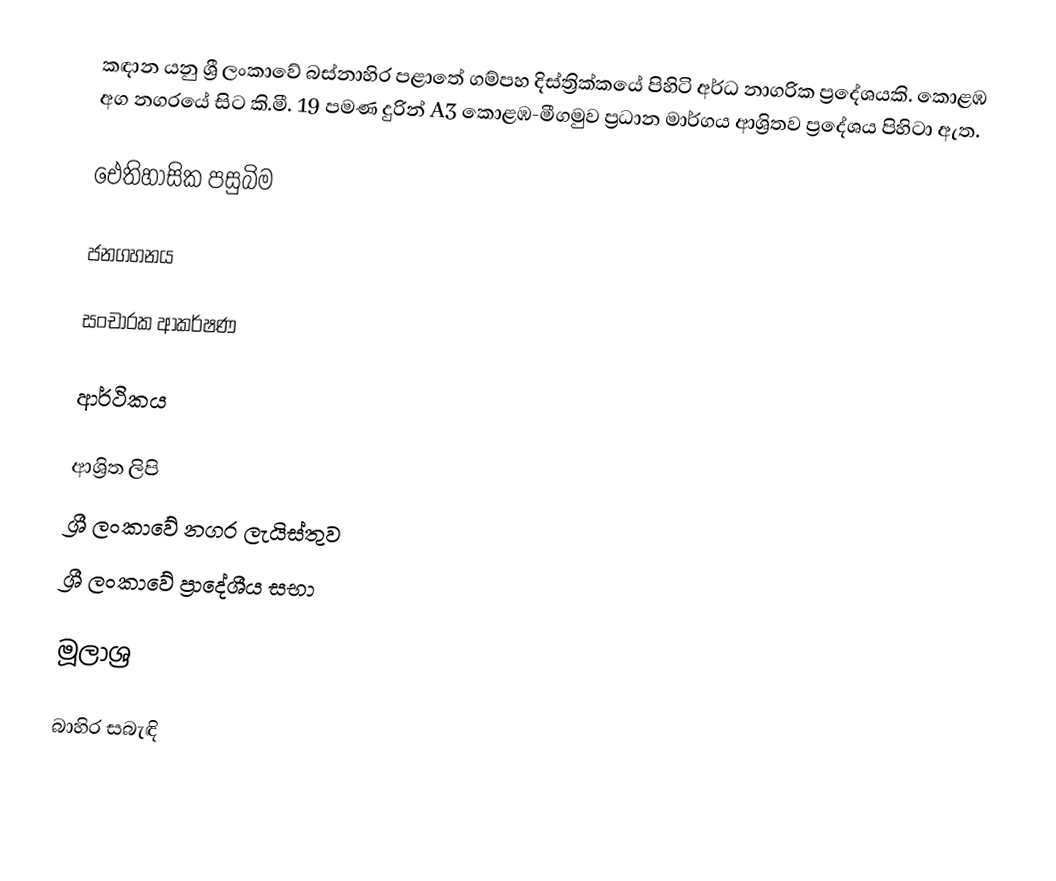
කඳාන යනු ශ්‍රී ලංකාවේ බස්නාහිර පළාතේ ගම්පහ දිස්ත්‍රික්කයේ පිහිටි අර්ධ නාගරික ප්‍රදේශයකි. කොළඹ අග නගරයේ සිට කි.මී. 19 පමණ දුරින් A3 කොළඹ-මීගමුව ප්‍රධාන  මාර්ගය ආශ්‍රිතව ප්‍රදේශය පිහිටා ඇත.

ඓතිහාසික පසුබිම

ජනගහනය

සංචාරක ආකර්ෂණ

ආර්ථිකය

ආශ්‍රිත ලිපි
 ශ්‍රී ලංකාවේ නගර ලැයිස්තුව
 ශ්‍රී ලංකාවේ ප්‍රාදේශීය සභා

මූලාශ්‍ර

බාහිර සබැඳි